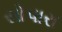
સોપારા